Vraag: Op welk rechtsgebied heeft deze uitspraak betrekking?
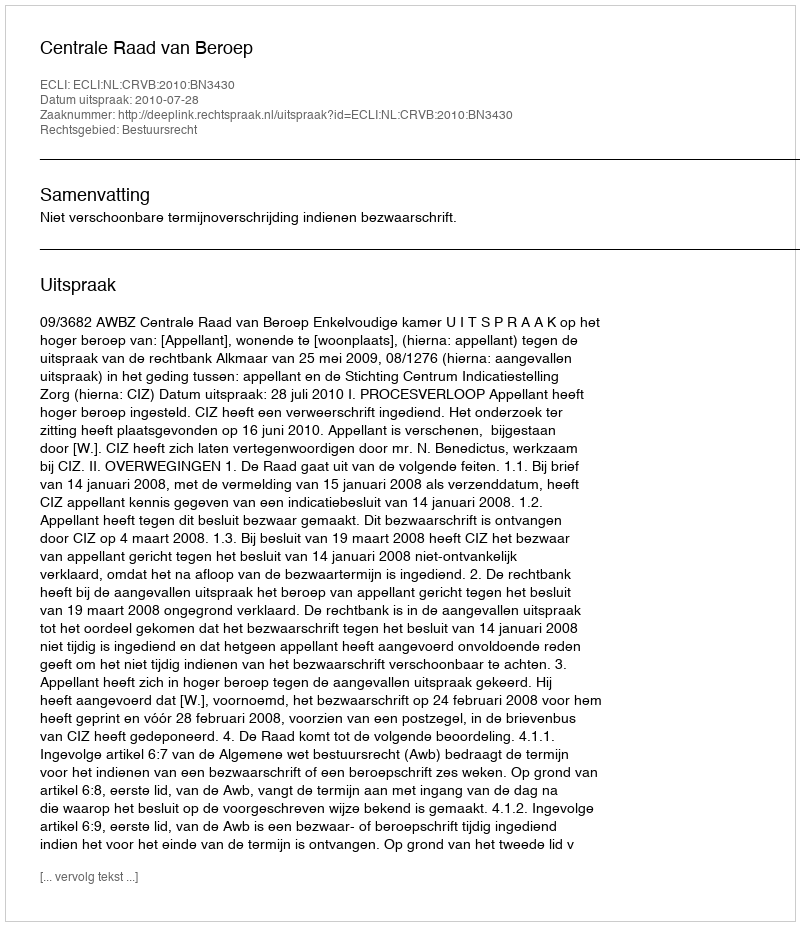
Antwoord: Bestuursrecht